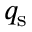
q _ { \mathrm { s } }